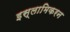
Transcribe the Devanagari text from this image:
इस्लामिकरन